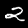
Digit: 2